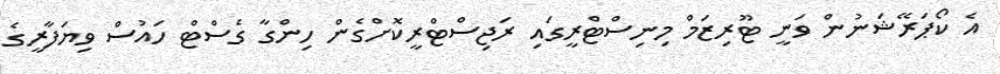
އެ ކޯޕަރޭޝަނުން ވަނީ ޓޫރިޒަމް މިނިސްޓްރީގައި ރަޖިސްޓްރީކޮށްގެން ހިންގާ ގެސްޓް ހައުސް ވިޔަފާރީގެ